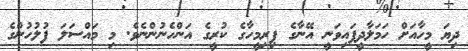
ދިޔަ މީހާއަށް ހަމަލާދީފައިވަނީ އޭނާގެ ފިރިމީހާގެ ކުރީގެ އަންހެނުންނެވެ. މި މައްސަލަ ފުލުހުންގެ